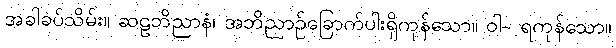
အခါခပ်သိမ်း။ ဆဠဘိညာနံ၊ အဘိညာဉ်ခြောက်ပါးရှိကုန်သော။ ဝါ- ရကုန်သော။